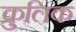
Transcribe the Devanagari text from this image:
क्रुलिक